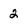
Character: 2